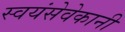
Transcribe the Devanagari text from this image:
स्वयंसेवेकानी